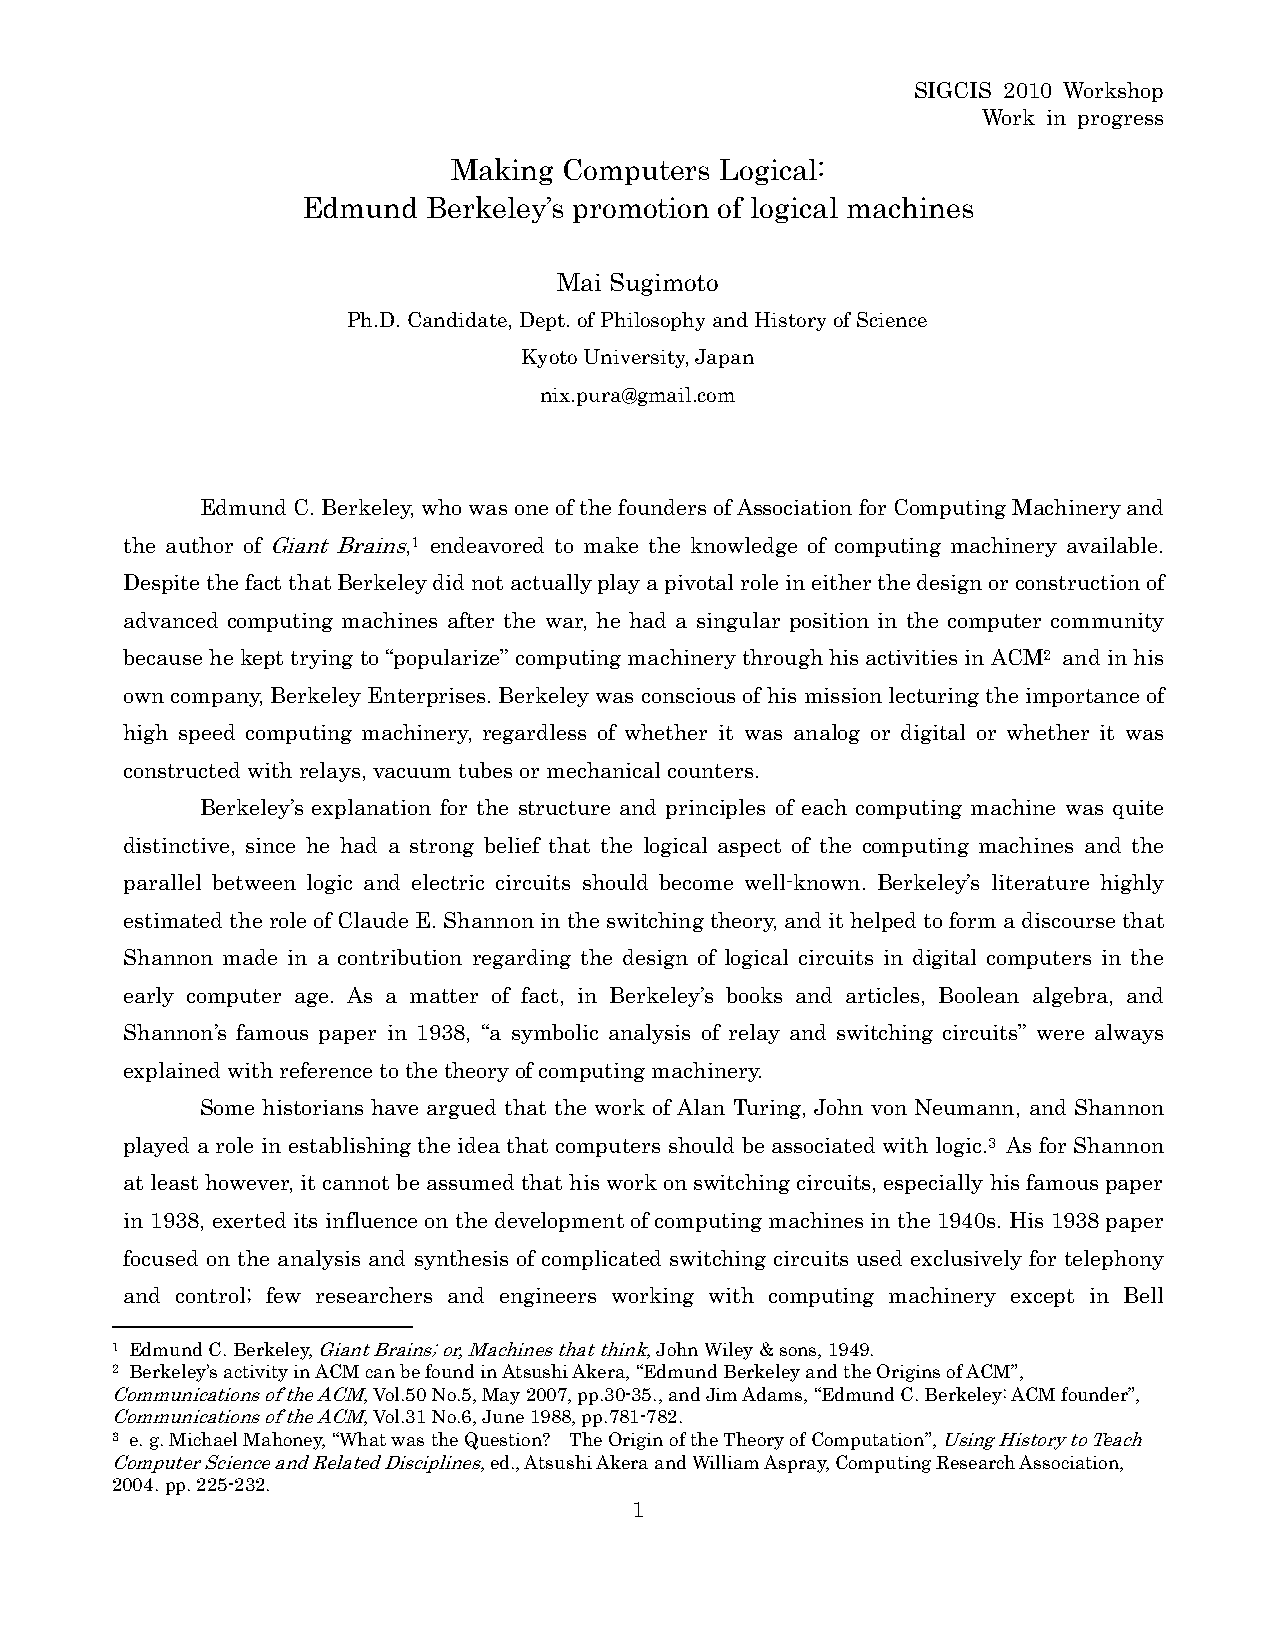
SIGCIS 2010 Workshop
 Work in progress
 Making Computers  Logical:
 Edmund  Berkeley’s promotion of logical machines
 Mai Sugimoto
 Ph.D. Candidate, Dept. of Philosophy and History of Science
 Kyoto University, Japan
 nix.pura@gmail.com
 Edmund C. Berkeley, who was one of the founders of Association for Computing Machinery and
 the author of Giant Brains,1 endeavored to make the knowledge of computing machinery available.
 Despite the fact that Berkeley did not actually play a pivotal role in either the design or construction of
 advanced computing machines after the war, he had a singular position in the computer community
 because he kept trying to “popularize” computing machinery through his activities in ACM2 and in his
 own company, Berkeley Enterprises. Berkeley was conscious of his mission lecturing the importance of
 high speed computing machinery, regardless of whether it was analog or digital or whether it was
 constructed with relays, vacuum tubes or mechanical counters.
 Berkeley’s explanation for the structure and principles of each computing machine was quite
 distinctive, since he had a strong belief that the logical aspect of the computing machines and the
 parallel between logic and electric circuits should become well-known. Berkeley’s literature highly
 estimated the role of Claude E. Shannon in the switching theory, and it helped to form a discourse that
 Shannon made in a contribution regarding the design of logical circuits in digital computers in the
 early computer age. As a matter of fact, in Berkeley’s books and articles, Boolean algebra, and
 Shannon’s famous paper in 1938, “a symbolic analysis of relay and switching circuits” were always
 explained with reference to the theory of computing machinery.
 Some historians have argued that the work of Alan Turing, John von Neumann, and Shannon
 played a role in establishing the idea that computers should be associated with logic.3 As for Shannon
 at least however, it cannot be assumed that his work on switching circuits, especially his famous paper
 in 1938, exerted its influence on the development of computing machines in the 1940s. His 1938 paper
 focused on the analysis and synthesis of complicated switching circuits used exclusively for telephony
 and control; few researchers and engineers working with computing machinery except in Bell
 1 Edmund C. Berkeley, Giant Brains; or, Machines that think, John Wiley & sons, 1949.
 2 Berkeley’s activity in ACM can be found in Atsushi Akera, “Edmund Berkeley and the Origins of ACM”,
 Communications of the ACM, Vol.50 No.5, May 2007, pp.30-35., and Jim Adams, “Edmund C. Berkeley: ACM founder”,
 Communications of the ACM, Vol.31 No.6, June 1988, pp.781-782.
 3 e. g. Michael Mahoney, “What was the Question? The Origin of the Theory of Computation”, Using History to Teach
 Computer Science and Related Disciplines, ed., Atsushi Akera and William Aspray, Computing Research Association,
 2004. pp. 225-232.
 1